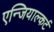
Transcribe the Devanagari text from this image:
एन्जियाल्कर्ट